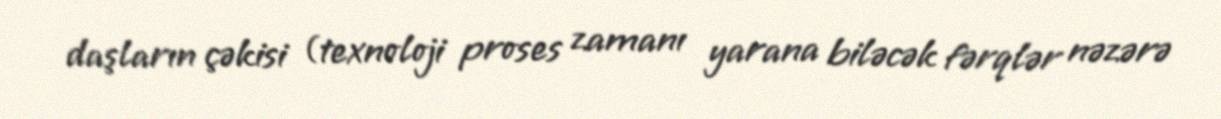
daşların çəkisi (texnoloji proses zamanı yarana biləcək fərqlər nəzərə